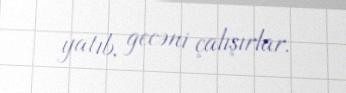
yatıb, gecəni çalışırlar.